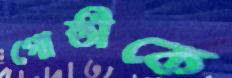
গোষ্ঠীকে